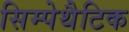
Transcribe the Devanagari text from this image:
सिम्पेथैटिक